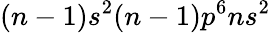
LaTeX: (n-1)s^{2}(n-1)p^{6}{n}s^{2}